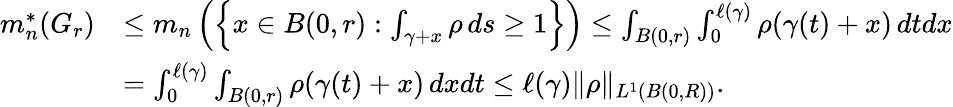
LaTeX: \begin{array}{rl}{m_{n}^{*}(G_{r})}&{\leq m_{n}\left(\left\{ x\in B(0,r):\int_{\gamma+x}\rho\, ds\geq 1\right\} \right)\leq\int_{B(0,r)}\int_{0}^{\ell(\gamma)}\rho(\gamma(t)+x)\, dtdx}\\ &{=\int_{0}^{\ell(\gamma)}\int_{B(0,r)}\rho(\gamma(t)+x)\, dxdt\leq\ell(\gamma)\| \rho\| _{L^{1}(B(0,R))}.}\end{array}